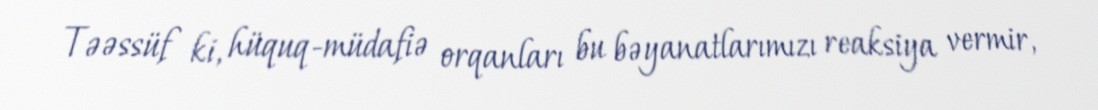
Təəssüf ki, hüquq-müdafiə orqanları bu bəyanatlarımızı reaksiya vermir,